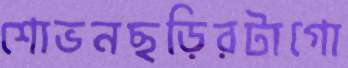
শোভনছড়িরটাগো